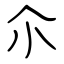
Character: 尒